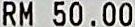
RM 50.00